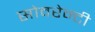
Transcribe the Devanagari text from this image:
सोवरेन्टी